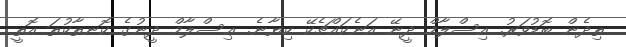
ތިދެން ބޮޑުވަރު. އިސްލާމް ދީނޭ އަނެކައްޗެކޭ ކިޔާނެ. ޢިސްލާމް ދީނުގެ ކޮނތާކުތަ އޮތީ